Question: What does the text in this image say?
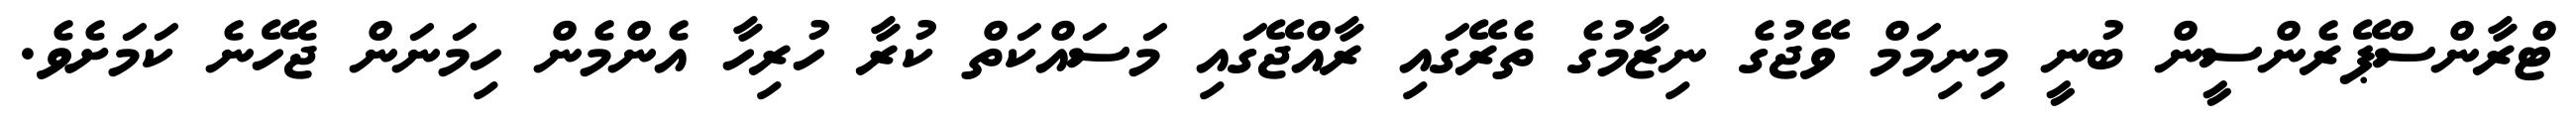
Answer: ޓްރާންސްޕޭރެންސީން ބުނީ މިނިމަމް ވޭޖުގެ ނިޒާމުގެ ތެރޭގައި ރާއްޖޭގައި މަސައްކަތް ކުރާ ހުރިހާ އެންމެން ހިމަނަން ޖެހޭނެ ކަމަށެވެ.